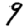
Digit: 9